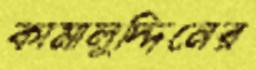
কামালুদ্দিনের